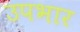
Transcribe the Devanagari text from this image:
उपभार